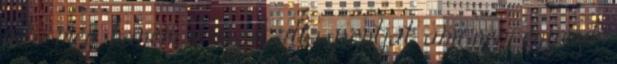
írta meg, hanem a saját álláspontját, ami nem egyezik